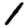
Digit: 1